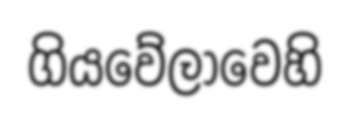
ගියවේලාවෙහි